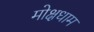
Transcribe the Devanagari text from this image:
मोक्षधाम